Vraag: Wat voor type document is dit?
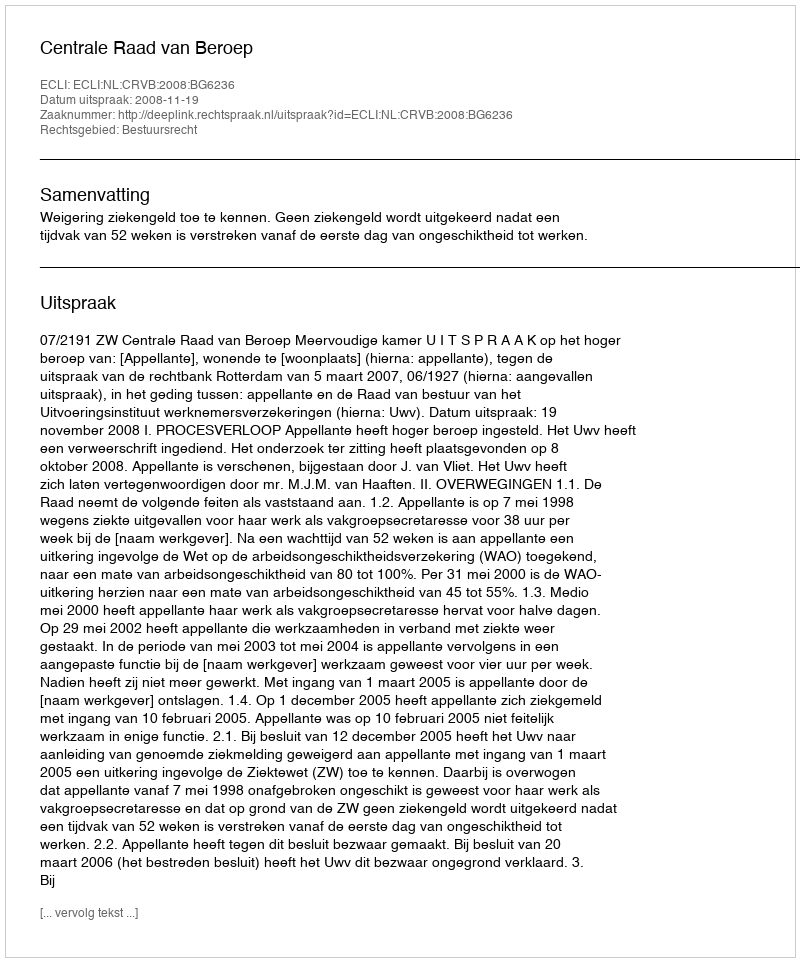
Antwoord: Uitspraak